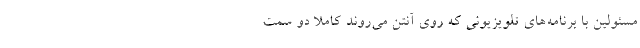
مسئولین با برنامه‌های تلویزیونی که روی آنتن می‌روند کاملاً دو سمت